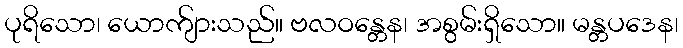
ပုရိသော၊ ယောက်ျားသည်။ ဗလဝန္တေန၊ အစွမ်းရှိသော။ မန္တပဒေန၊